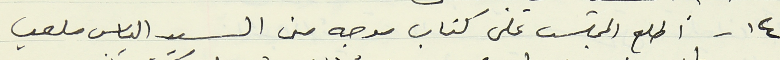
١٤ - أطلع المجلس على كتاب موجه من السيد الياس ملعب